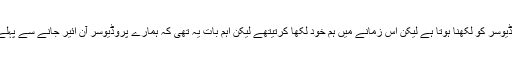
اصولی طور پر پروگرام سکرپٹ پروڈیوسر کو لکھنا ہوتا ہے لیکن اُس زمانے میں ہم خود لکھا کرتیتھے لیکن اہم بات یہ تھی کہ ہمارے پروڈیوسر آن ائیر جانے سے پہلے ہمارے سکرپٹ چیک کرتے تھے ۔